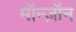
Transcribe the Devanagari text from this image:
मॉन्ज़ॉन